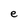
Character: e